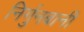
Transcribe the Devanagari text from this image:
निर्गुनबानी